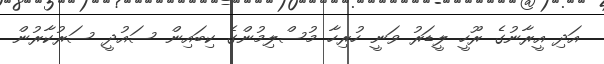
އަދި އީރާނުގެ ރޫހީ ލީޑަރު ވަނީ ހުރިހާ މުސްލިމުންގެ ކިބައިން ސައުދީ ސަރުކާރުން